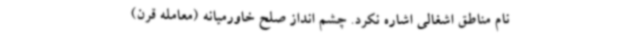
نام مناطق اشغالی اشاره نکرد. چشم انداز صلح خاورمیانه (معامله قرن)